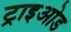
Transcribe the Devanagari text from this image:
ट्राइओड